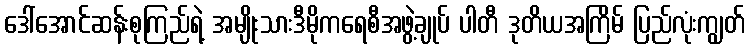
ဒေါ်အောင်ဆန်းစုကြည်ရဲ့ အမျိုးသားဒီမိုကရေစီအဖွဲ့ချုပ် ပါတီ ဒုတိယအကြိမ် ပြည်လုံးကျွတ်